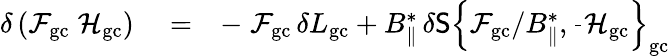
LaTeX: \begin{array}{rlr}{\delta\left({\cal F}_{\mathrm{gc}}\; {\cal H}_{\mathrm{gc}}\right)}&{{}=}&{-\; {\cal F}_{\mathrm{gc}}\, \delta L_{\mathrm{gc}}+B_{\| }^{*}\, \delta{\sf S}\left\{ {\cal F}_{\mathrm{gc}}/B_{\| }^{*},\frac{}{}{\cal H}_{\mathrm{gc}}\right\} _{\mathrm{gc}}}\end{array}